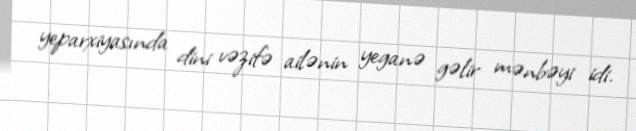
yeparxiyasında dini vəzifə ailənin yeganə gəlir mənbəyi idi.